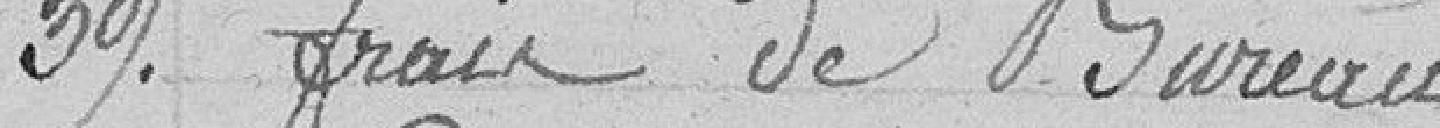
39. Frais de Bureau